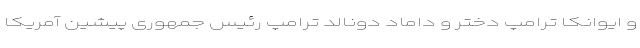
و ایوانکا ترامپ دختر و داماد دونالد ترامپ رئیس جمهوری پیشین آمریکا